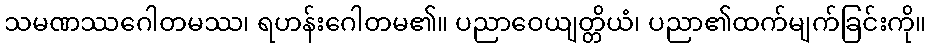
သမဏဿဂေါတမဿ၊ ရဟန်းဂေါတမ၏။ ပညာဝေယျတ္တိယံ၊ ပညာ၏ထက်မျက်ခြင်းကို။